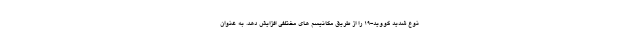
نوع شدید کووید-۱۹ را از طریق مکانیسم های مختلفی افزایش دهد. به عنوان